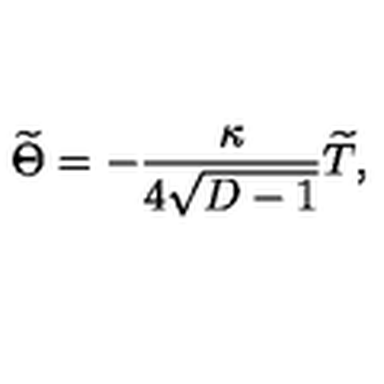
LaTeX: { \widetilde \Theta } = - { \frac { \kappa } { 4 \sqrt { D - 1 } } } { \widetilde T } ,